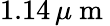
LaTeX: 1.14\, \mu\mathrm{~m~}